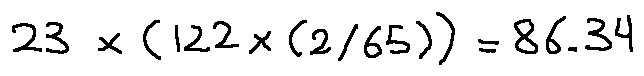
2 3 \times ( 1 2 2 \times ( 2 / 6 5 ) ) = 8 6 . 3 4